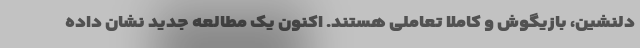
دلنشین، بازیگوش و کاملاً تعاملی هستند. اکنون یک مطالعه جدید نشان داده